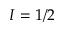
I = 1 / 2